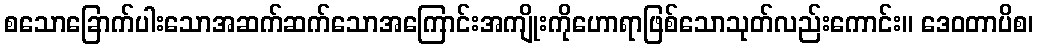
စသောခြောက်ပါးသောအဆက်ဆက်သောအကြောင်းအကျိုးကိုဟောရာဖြစ်သောသုတ်လည်းကောင်း။ ဒေဝတာပိစ၊